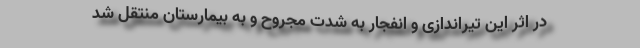
در اثر این تیراندازی‌ و انفجار به شدت مجروح و به بیمارستان منتقل شد